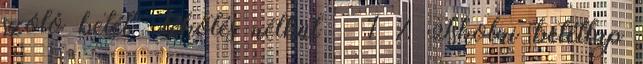
szóló betét lekötés nélkül 1 % Iskolai betétlap